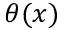
\theta ( x )